Indian journal of veterinary science and animal husbandry - Volumes 18-21, 1948-1951
Year: 1948
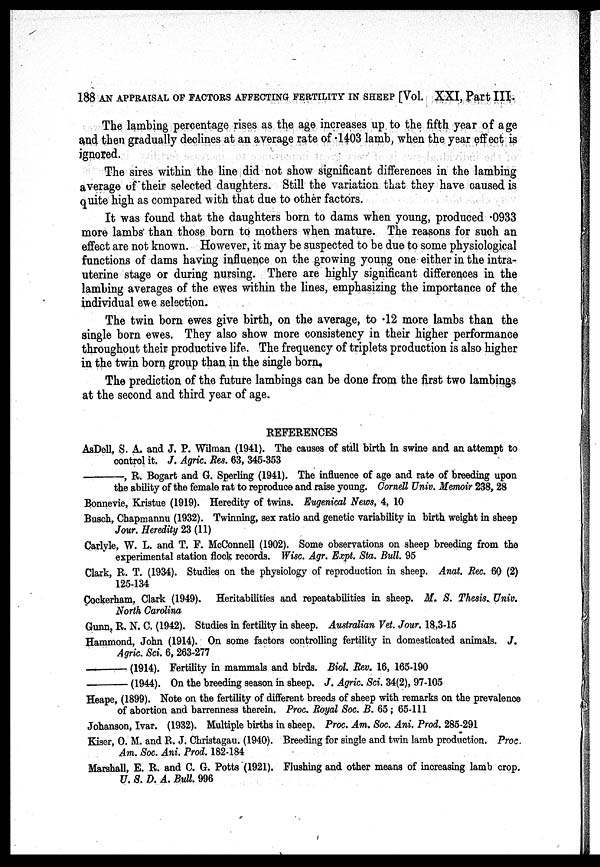
188 AN APPRAISAL OF FACTORS AFFECTING FERTILITY IN SHEEP [Vol. XXI, Part III.
The lambing percentage rises as the age increases up to the fifth year of age
and then gradually declines at an average rate of .1403 lamb, when the year effect is
ignored.
The sires within the line did not show significant differences in the lambing
average of their selected daughters. Still the variation that they have caused is
quite high as compared with that due to other factors.
It was found that the daughters born to dams when young, produced .0933
more lambs than those born to mothers when mature. The reasons for such an
effect are not known. However, it may be suspected to be due to some physiological
functions of dams having influence on the growing young one either in the intra-
uterine stage or during nursing. There are highly significant differences in the
lambing averages of the ewes within the lines, emphasizing the importance of the
individual ewe selection.
The twin born ewes give birth, on the average, to .12 more lambs than the
single born ewes. They also show more consistency in their higher performance
throughout their productive life. The frequency of triplets production is also higher
in the twin born group than in the single born
The prediction of the future lambings can be done from the first two lambings
at the second and third year of age.
REFERENCES
AsDell, S. A. and J. P. Wilman (1941). The causes of still birth in swine and an attempt to
control it. J. Agric. Res. 63, 345-353
—,
R. Bogart and G. Sperling (1941). The influence of age and rate of breeding upon
the ability of the female rat to reproduce and raise young. Cornell Univ. Memoir 238, 28
Bonnevie, Kristue (1919). Heredity of twins. Eugenical News, 4, 10
Busch, Chapmannu (1932). Twinning, sex ratio and genetic variability in birth weight in sheep
Jour. Heredity 23 (11)
Carlyle, W. L. and T. F. McConnell (1902). Some observations on sheep breeding from the
experimental station flock records. Wisc. Agr. Expt. Sta. Bull. 95
Clark, R. T. (1934). Studies on the physiology of reproduction in sheep. Anat. Rec. 60 (2)
125-134
Cockerham, Clark (1949). Heritabilities and repeatabilities in sheep. M. S. Thesis. Univ.
North Carolina
Gunn, R. N. C. (1942). Studies in fertility in sheep. Australian Vet. Jour. 18,3-15
Hammond, John (1914). On some factors controlling fertility in domesticated animals. J.
Agric. Sci. 6, 263-277
—(1914).
Fertility in mammals and birds. Biol. Rev. 16, 165-190
—(1944).
On the breeding season in sheep. J. Agric. Sci. 34(2), 97-105
Heape, (1899). Note on the fertility of different breeds of sheep with remarks on the prevalence
of abortion and barrenness therein. Proc. Royal Soc. B. 65 ; 65-111
Johanson, Ivar. (1932). Multiple births in sheep. Proc. Am. Soc. Ani. Prod. 285-291
Kiser, O. M. and R. J. Christagau. (1940). Breeding for single and twin lamb production. Proc.
Am. Soc. Ani. Prod. 182-184
Marshall, E. R. and C. G. Potts (1921). Flushing and other means of increasing lamb crop.
U. S. D. A. Bull. 996